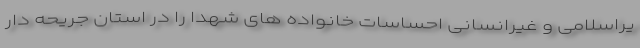
یراسلامی و غیرانسانی احساسات خانواده های شهدا را در استان جریحه دار